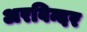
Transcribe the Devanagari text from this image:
अरविन्दर